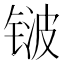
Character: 𬭛